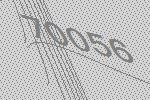
70056